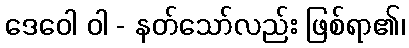
ဒေဝေါ ဝါ - နတ်သော်လည်း ဖြစ်ရာ၏၊